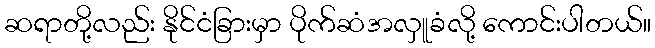
ဆရာတို့လည်း နိုင်ငံခြားမှာ ပိုက်ဆံအလှူခံလို့ ကောင်းပါတယ်။